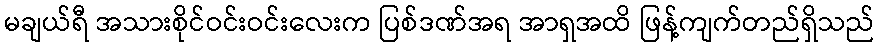
မချယ်ရီ အသားစိုင်ဝင်းဝင်းလေးက ပြစ်ဒဏ်အရ အာရှအထိ ဖြန့်ကျက်တည်ရှိသည်